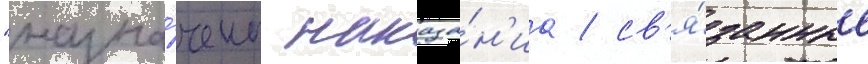
"назна́чены наказа́н'иа / св'я́занные